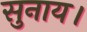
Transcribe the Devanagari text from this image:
सुनाय।